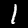
Label: 1